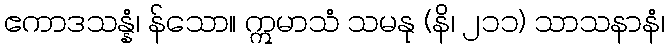
ဧကာဒသန္နံ၊ န်သော။ ဣမာသံ သမနု (နိ၊ ၂၁၁) သာသနာနံ၊